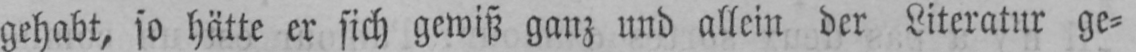
gehabt, so hätte er sich gewiß ganz und allein der Literatur ge⸗